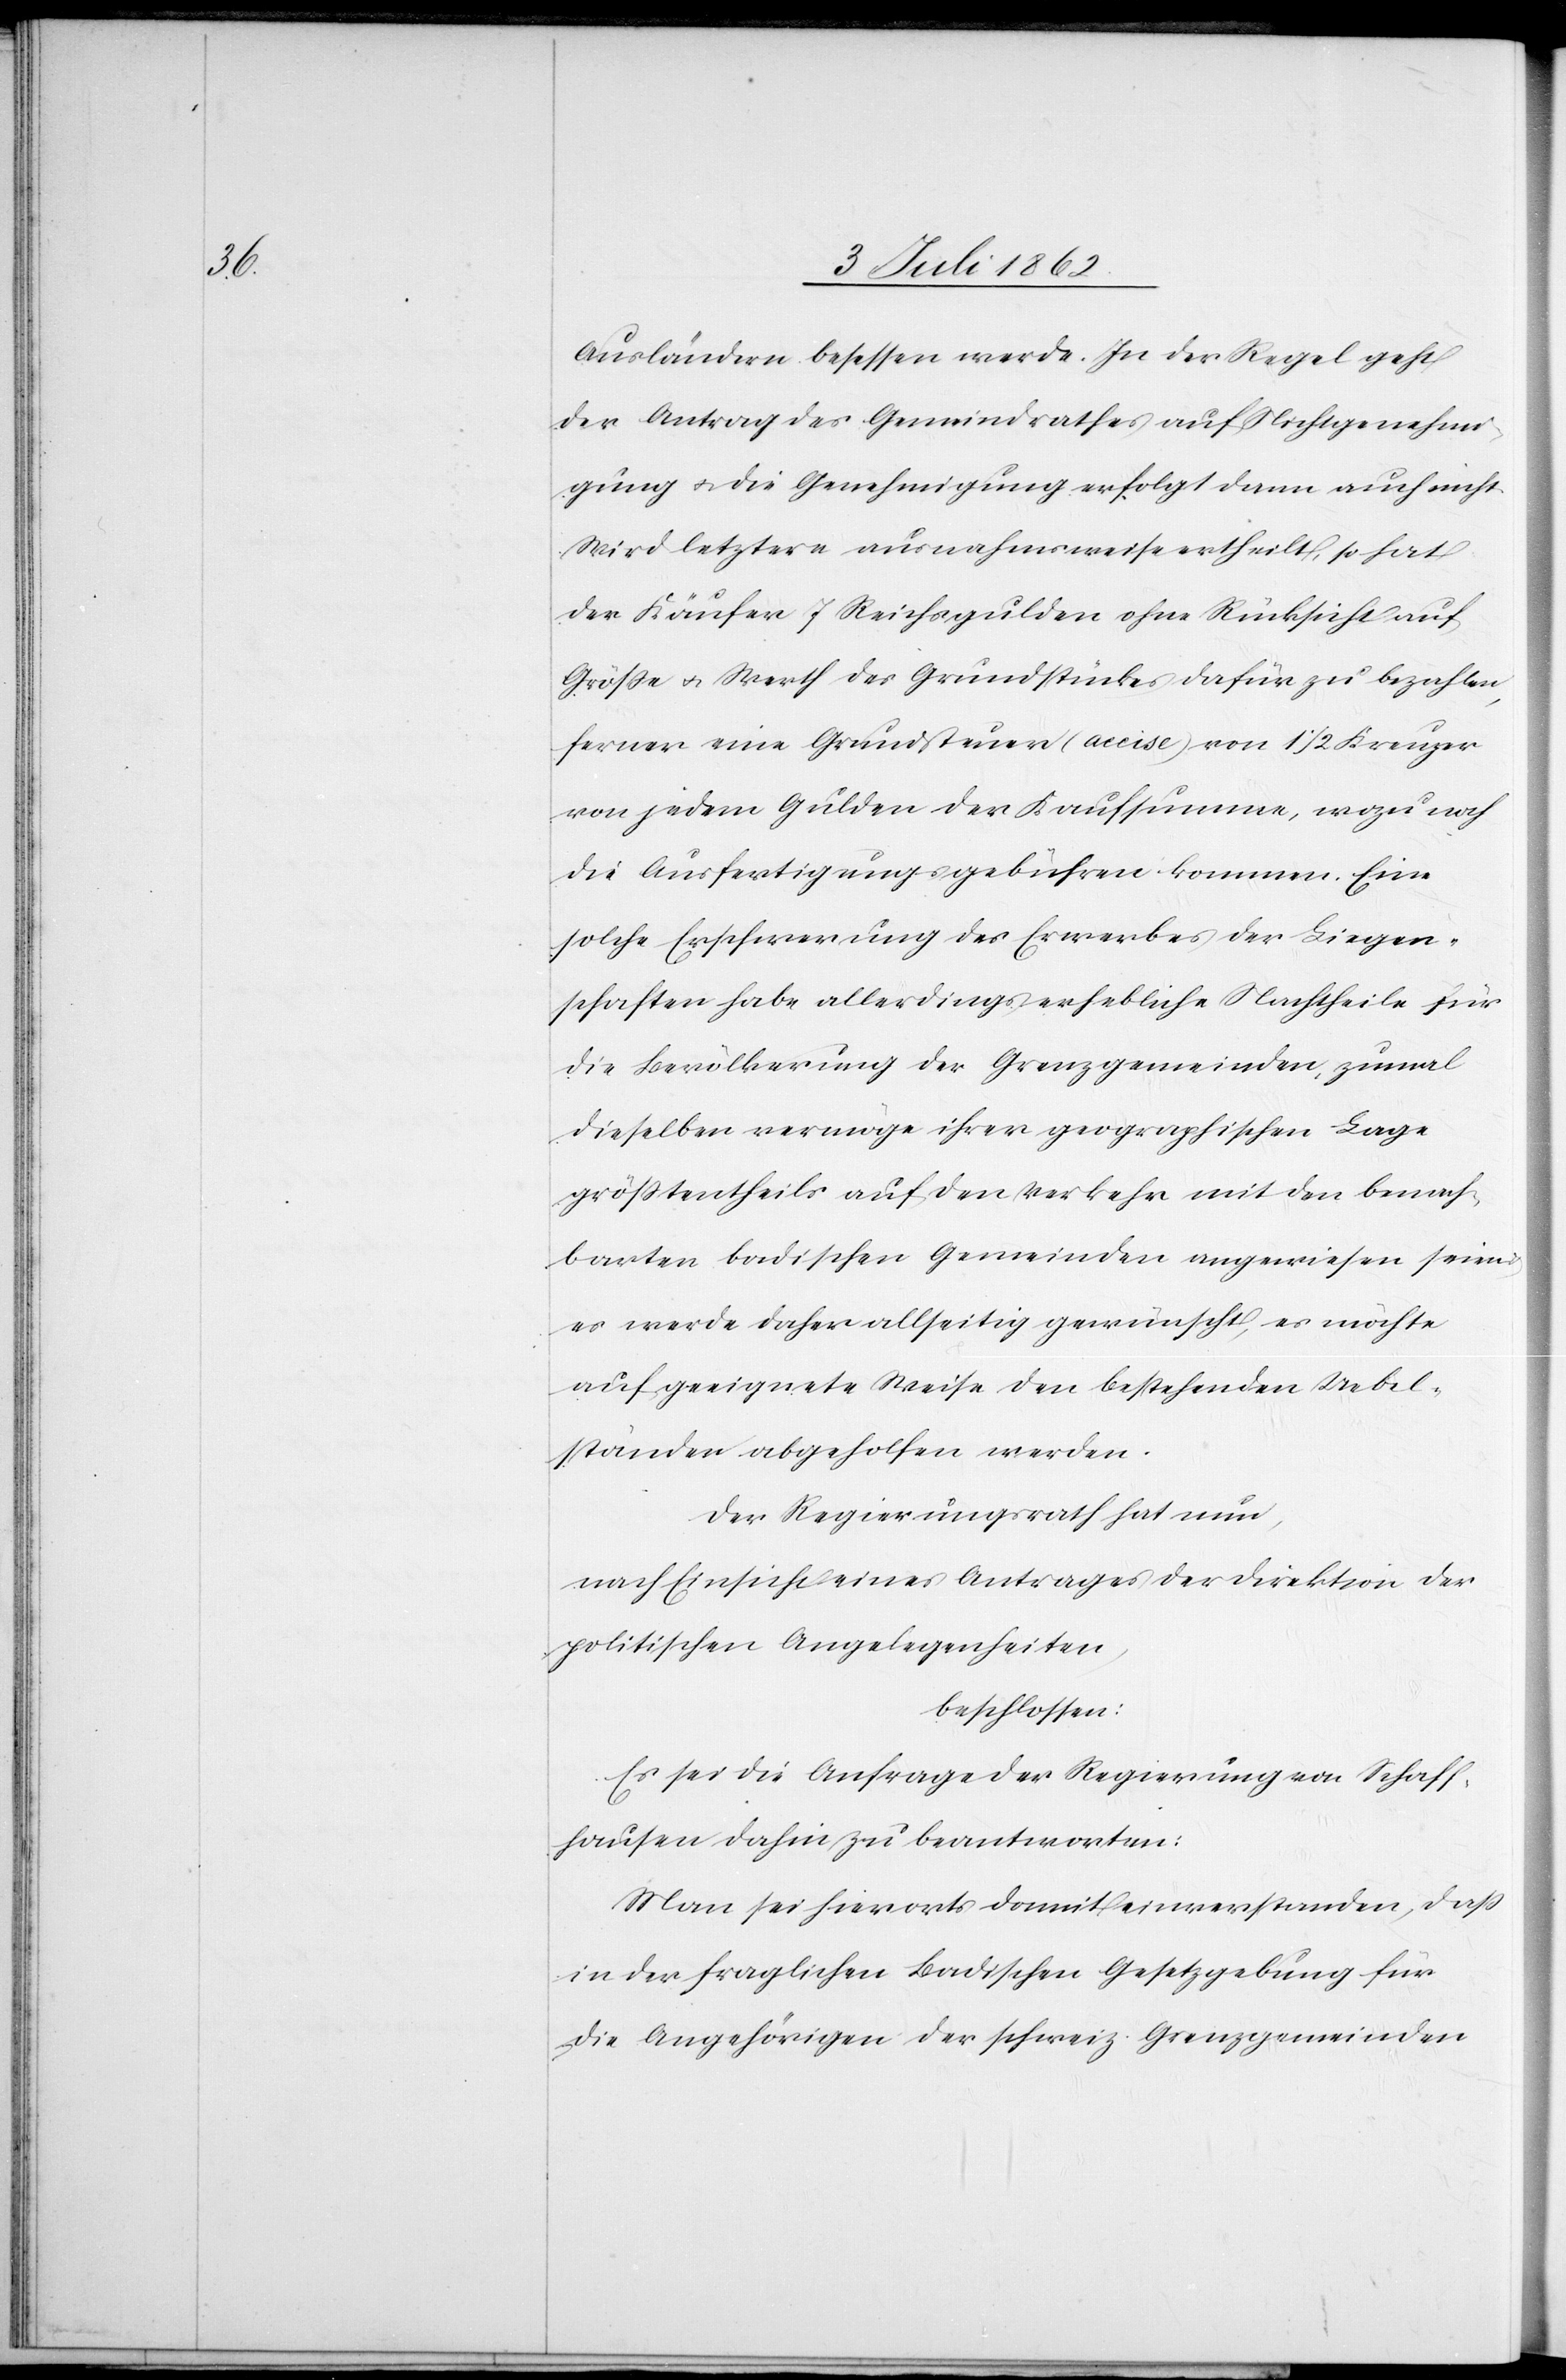
Ausländern besessen werde. In der Regel geht
der Antrag des Gemeindrathes auf Nichtgenehmi¬
gung u. die Genehmigung erfolgt dann auch nicht.
Wird letztere ausnahmsweise ertheilt, so hat
der Käufer 7 Reichsgulden ohne Rücksicht auf
Größe u. Werth des Grundstücks dafür zu bezahlen,
ferner eine Grundsteuer (accise) von 1 1/2 Kreuzer
von jedem Gulden der Kaufsumme, wozu noch
die Ausfertigungsgebühren kommen. Eine
solche Erschwerung des Erwerbes der Liegen¬
schaften habe allerdings erhebliche Nachtheile für
die Bevölkerung der Grenzgemeinden, zumal
dieselben vermöge ihrer geographischen Lage
größtentheils auf den Verkehr mit den benach¬
barten badischen Gemeinden angewiesen seien
es werde daher allseitig gewünscht, es möchte
auf geeignete Weise den bestehenden Uebel¬
ständen abgeholfen werden.
Der Regierungsrath hat nun,
nach Einsicht eines Antrages der Direktion der
politischen Angelegenheiten,
beschlossen:
Es sei die Anfrage der Regierung von Schaff¬
hausen dahin zu beantworten:
Man sei hierorts damit einverstanden, daß
in der fraglichen Badischen Gesetzgebung für
die Angehörigen der schweiz. Grenzgemeinden